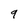
Character: 9